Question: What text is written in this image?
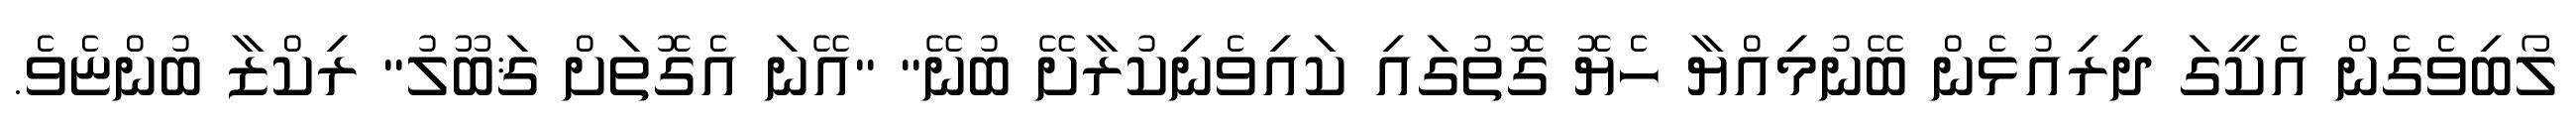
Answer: ލޯބިވެގެން އެކީގަ ދިރިއުޅެން ބޭނުމިއްޔާ ހެޔޮ ގޮތުގައި ކައިވެނިކުރާށޭ ބުނޭ" "އޭނަ އެގޮތަށް ޤަބޫލު" ރިކްޒާ ބުންޏެވެ.